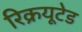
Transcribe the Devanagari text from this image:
रिक्रयूटेड